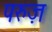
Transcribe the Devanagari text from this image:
परुज़